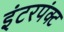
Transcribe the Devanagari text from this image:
इंटरपंक्ट